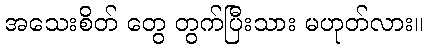
အသေးစိတ် တွေ တွက်ပြီးသား မဟုတ်လား။